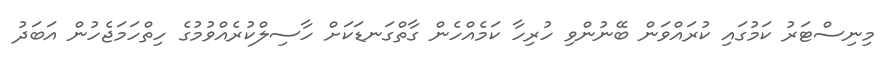
މިނިސްޓަރު ކަމުގައި ކުރައްވަން ބޭނުންވި ހުރިހާ ކަމެއްހެން ގާތްގަނޑަކަށް ހާސިލްކުރެއްވުމުގެ ހިތްހަމަޖެހުން އަބަދު